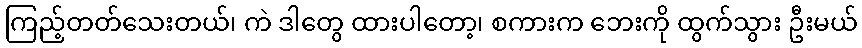
ကြည့်တတ်သေးတယ်၊ ကဲ ဒါတွေ ထားပါတော့၊ စကားက ဘေးကို ထွက်သွား ဦးမယ်